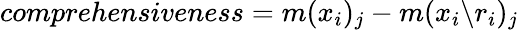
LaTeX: comprehensiveness=m({x}_{i})_{j}-m({x}_{i}\backslash{r}_{i})_{j}